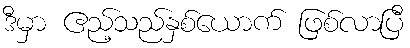
ဒီမှာ ဧည့်သည်နှစ်ယောက် ဖြစ်လာပြီ